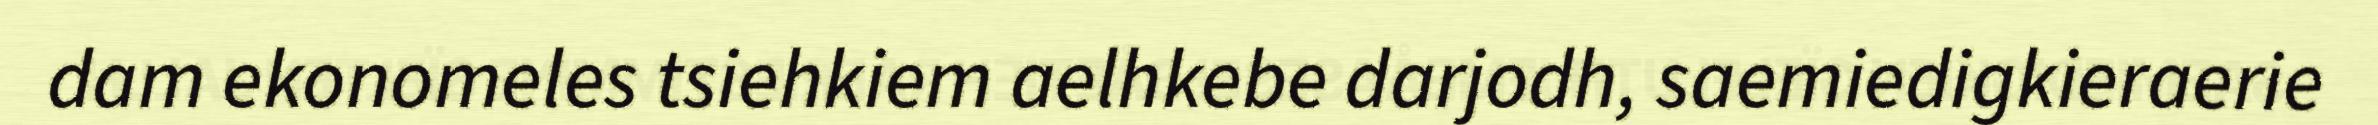
dam ekonomeles tsiehkiem aelhkebe darjodh, saemiedigkieraerie